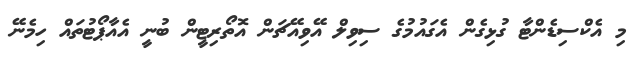
މި އެކްސިޑެންޓާ ގުޅިގެން އެގައުމުގެ ސިވިލް އޭވިއޭޗަން އޮތޯރިޓީން ބުނީ އެއާޕޯޓުތައް ހިމެނޭ